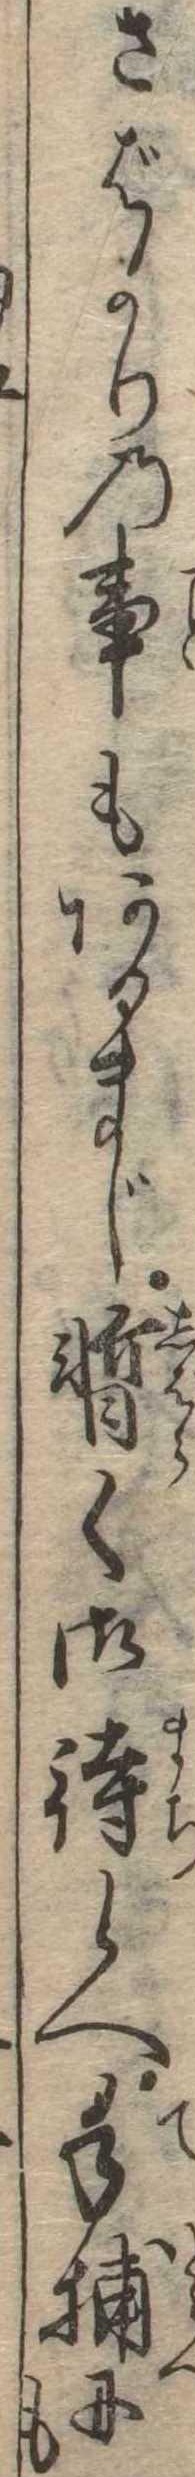
さばかりの事もあるまじ暫く御待候へ手捕にも